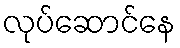
လုပ်ဆောင်နေ